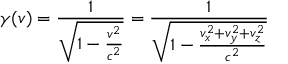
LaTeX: \gamma ( v ) = { \frac { 1 } { \sqrt { 1 - { \frac { v ^ { 2 } } { c ^ { 2 } } } } } } = { \frac { 1 } { \sqrt { 1 - { \frac { v _ { x } ^ { 2 } + v _ { y } ^ { 2 } + v _ { z } ^ { 2 } } { c ^ { 2 } } } } } }